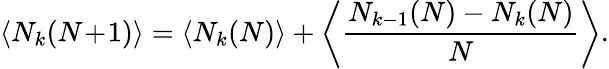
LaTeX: \left\langle N_{k}(N\! +\! 1)\right\rangle=\left\langle N_{k}(N)\right\rangle+\bigg\langle\frac{N_{k-1}(N)-N_{k}(N)}{N}\bigg\rangle.